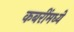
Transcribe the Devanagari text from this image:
कबरींमध्ये